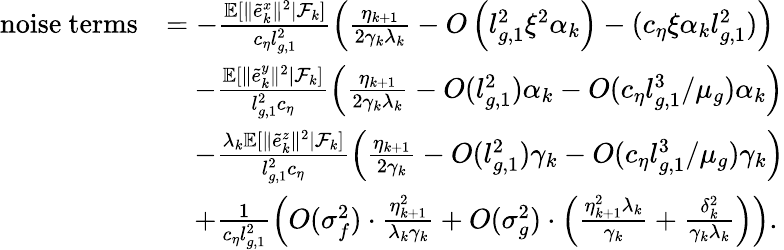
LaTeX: \begin{array}{rl}{\mathrm{noise~terms}}&{=-\frac{\mathbb{E}[\| \tilde{e}_{k}^{x}\| ^{2}|\mathcal{F}_{k}]}{c_{\eta}l_{g,1}^{2}}\left(\frac{\eta_{k+1}}{2\gamma_{k}\lambda_{k}}-O\left(l_{g,1}^{2}\xi^{2}\alpha_{k}\right)-(c_{\eta}\xi\alpha_{k}l_{g,1}^{2})\right)}\\ &{\quad-\frac{\mathbb{E}[\| \tilde{e}_{k}^{y}\| ^{2}|\mathcal{F}_{k}]}{l_{g,1}^{2}c_{\eta}}\left(\frac{\eta_{k+1}}{2\gamma_{k}\lambda_{k}}-O(l_{g,1}^{2})\alpha_{k}-O(c_{\eta}l_{g,1}^{3}/\mu_{g})\alpha_{k}\right)}\\ &{\quad-\frac{\lambda_{k}\mathbb{E}[\| \tilde{e}_{k}^{z}\| ^{2}|\mathcal{F}_{k}]}{l_{g,1}^{2}c_{\eta}}\left(\frac{\eta_{k+1}}{2\gamma_{k}}-O(l_{g,1}^{2})\gamma_{k}-O(c_{\eta}l_{g,1}^{3}/\mu_{g})\gamma_{k}\right)}\\ &{\quad+\frac{1}{c_{\eta}l_{g,1}^{2}}\left(O(\sigma_{f}^{2})\cdot\frac{\eta_{k+1}^{2}}{\lambda_{k}\gamma_{k}}+O(\sigma_{g}^{2})\cdot\left(\frac{\eta_{k+1}^{2}\lambda_{k}}{\gamma_{k}}+\frac{\delta_{k}^{2}}{\gamma_{k}\lambda_{k}}\right)\right).}\end{array}